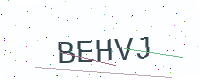
Text: BEHVJ